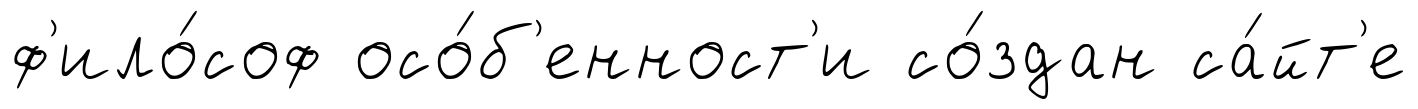
ф'ило́соф осо́б'енност'и со́здан са́йт'е